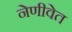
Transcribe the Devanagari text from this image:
नेणीवेत